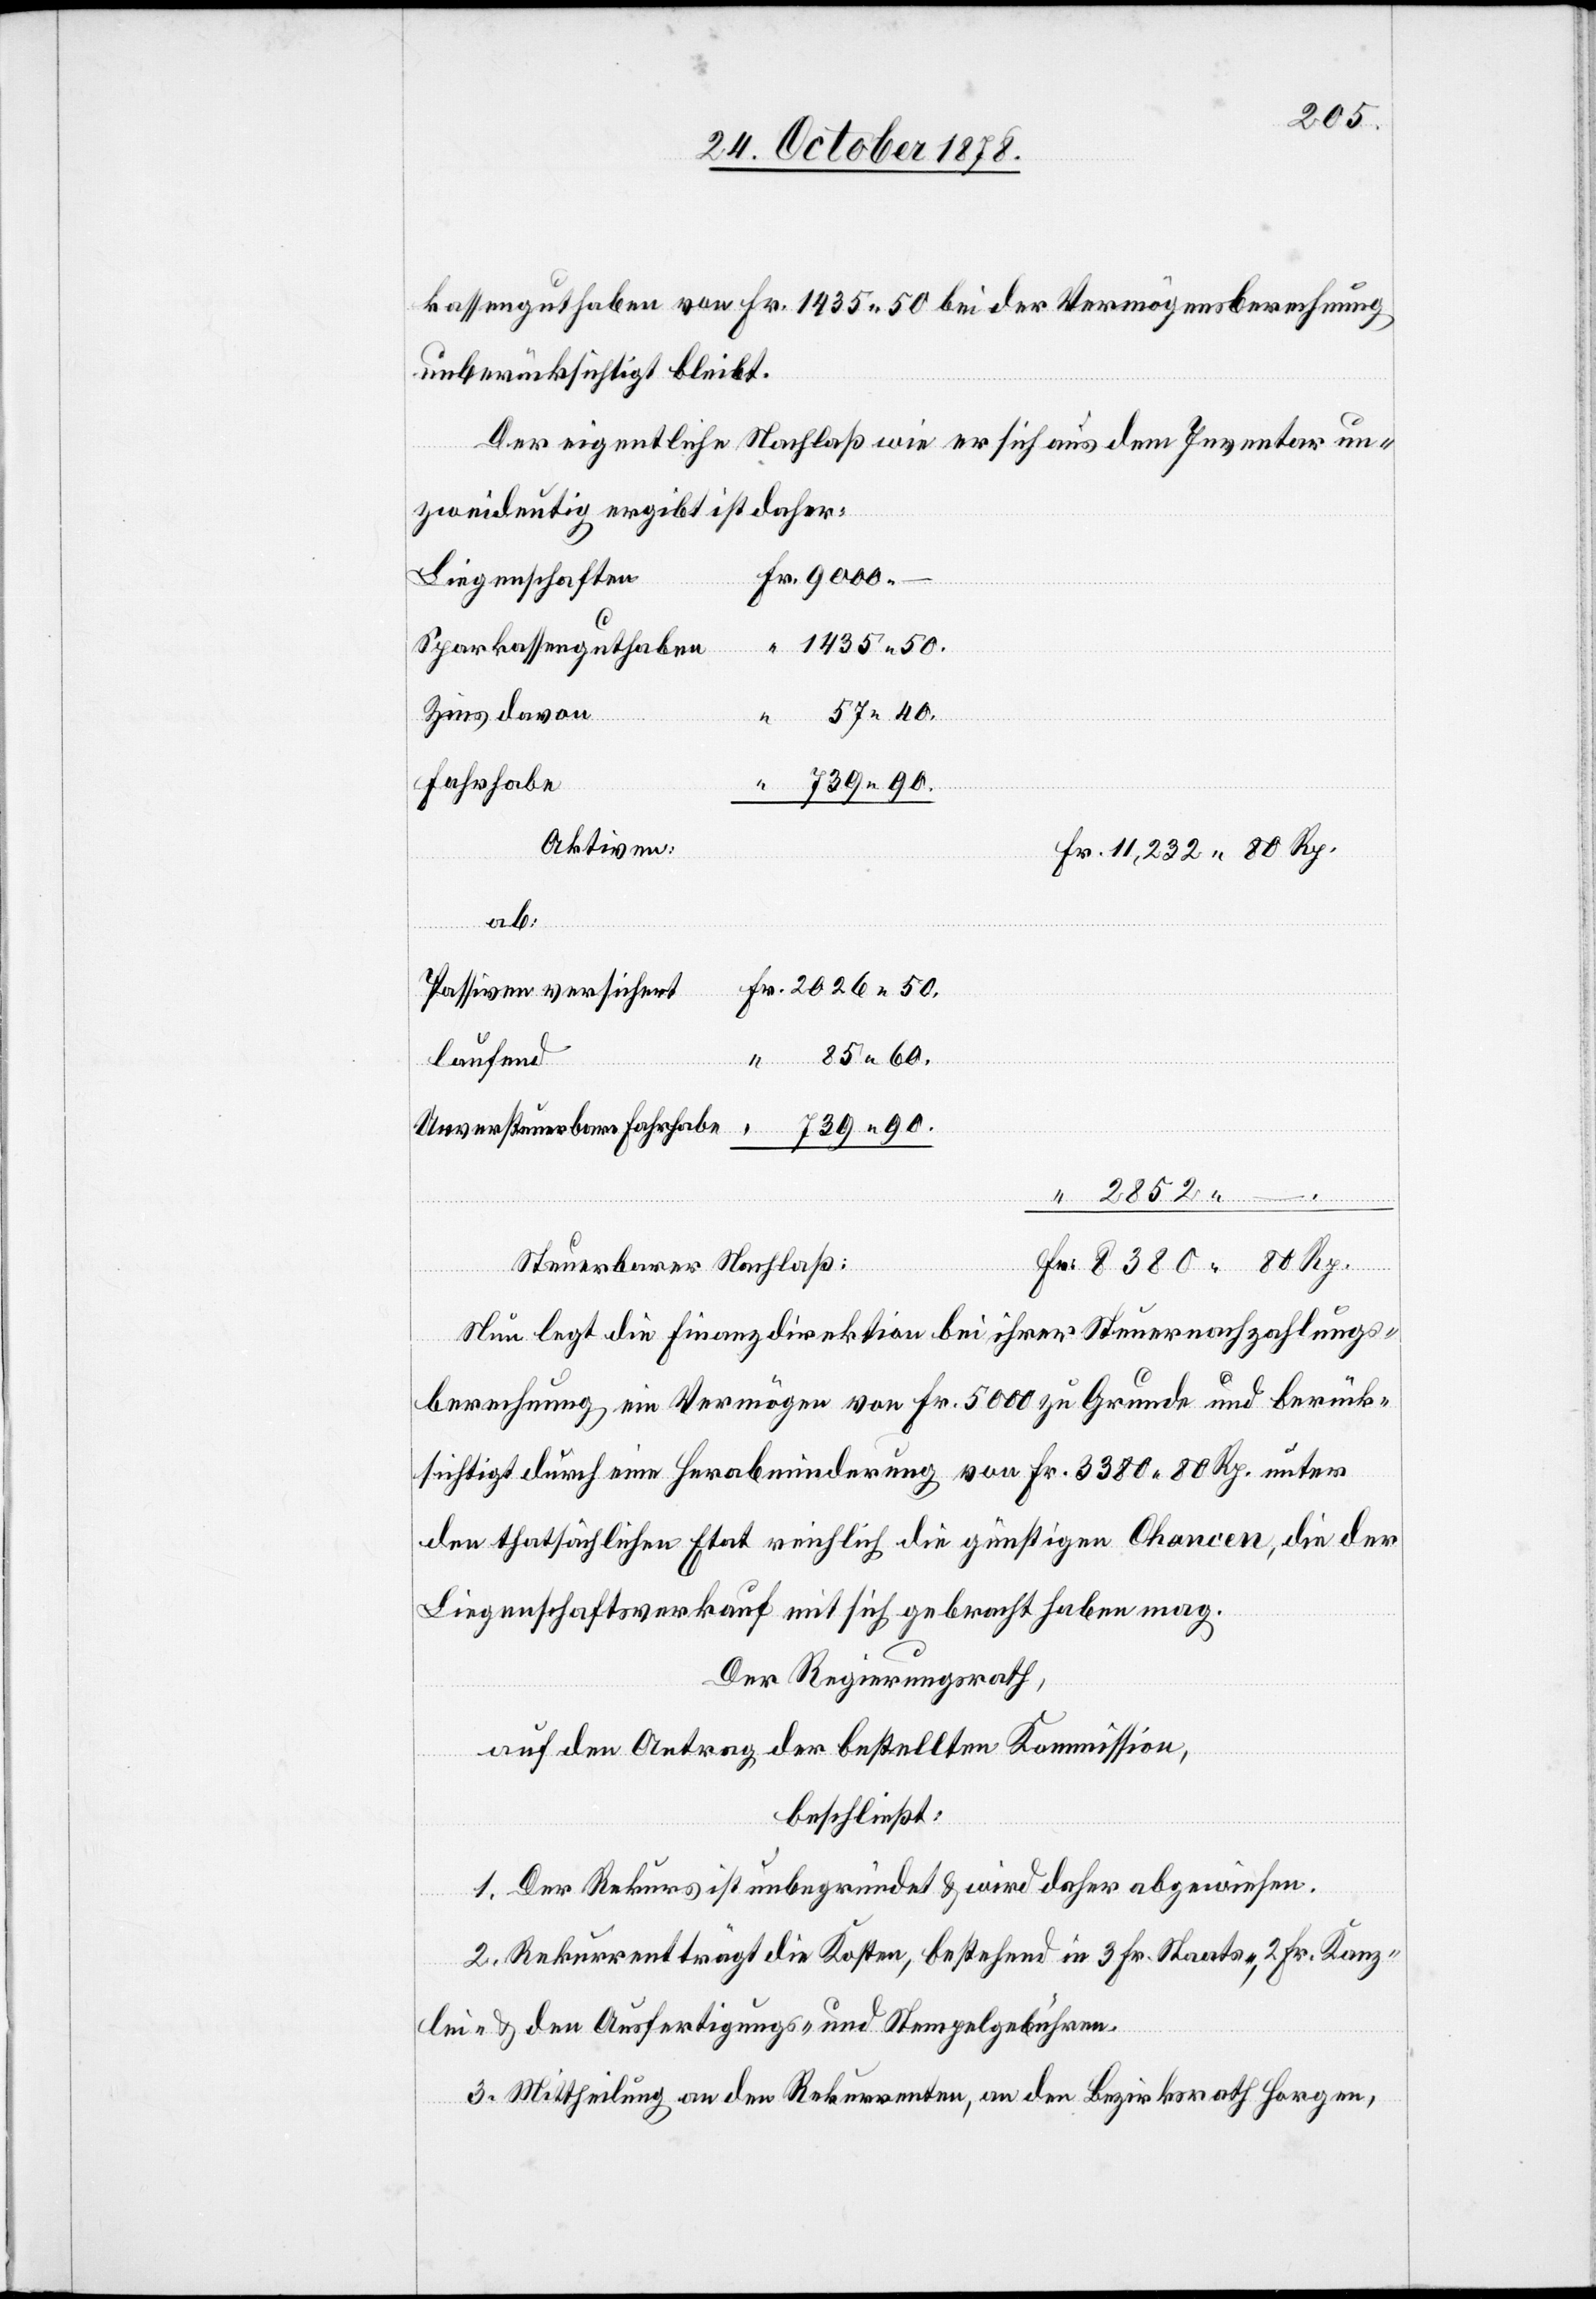
kassenguthaben von Fr. 1435 50 bei der Vermögensberechnung
unberücksichtigt bleibt.
Der eigentliche Nachlaß wie er sich aus dem Inventar un¬
zweideutig ergibt ist daher:
Fr. 9000 –
Liegenschaften
“
1435 50.
Sparkassenguthaben
Zins davon
57 40.
739 90.
Fahrhabe
Aktiven:
Fr. 11,232 80 Rp.
ab:
Fr. 2026 50.
Passiven versichert
85 60.
laufend
Unversteuerbare Fahrhabe
739 90.
“ 2852. –
Fr. 8389 80 Rp.
Steuerbarer Nachlaß:
Nun legt die Finanzdirektion bei ihrer Steuernachzahlungs¬
berechnung ein Vermögen von Fr. 5000 zu Grunde und berück¬
sichtigt durch eine Herabminderung von Fr. 3380 80 Rp. unter
den thatsächlichen Etat reichlich die günstigen Chancen, die der
Liegenschaftsverkauf mit sich gebracht haben mag.
Der Regierungsrath,
auf den Antrag der bestellten Kommission,
beschließt:
1. Der Rekurs ist unbegründet & wird daher abgewiesen.
2. Rekurrent trägt die Kosten, bestehend in 3 Fr. Staats-, 2 Fr. Kanz¬
lei- & den Ausfertigungs- und Stempelgebühren.
3. Mittheilung an den Rekurrenten, an den Bezirksrath Horgen,